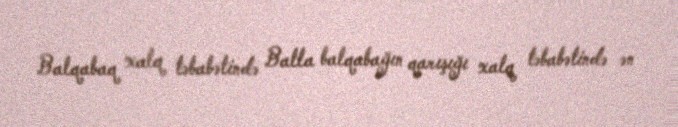
Balqabaq xalq təbabətində Balla balqabağın qarışığı xalq təbabətində ən